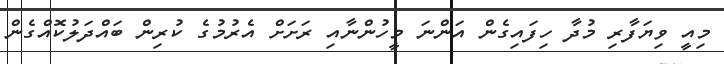
މިއީ ވިޔަފާރި މުދާ ހިފައިގެން އަންނަ މީހުންނާއި ރަށަށް އެރުމުގެ ކުރިން ބައްދަލުކޮއްގެން